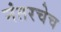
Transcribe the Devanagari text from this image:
नंतरचेच